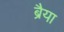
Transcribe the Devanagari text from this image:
ब्रैया